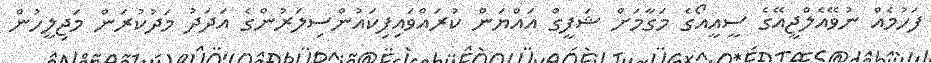
ފަހުމެއް ނުވޭއެލްޖީއޭގެ ސީއީއޯގެ މަގާމަށް ޝަފީގް އައްޔަން ކުރައްވައިފިކައުންސިލަރުންގެ އަދަދު މަދުކުރަން މަޖިލީހުން